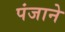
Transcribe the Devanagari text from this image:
पंजाने